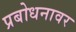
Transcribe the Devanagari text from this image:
प्रबोधनावर